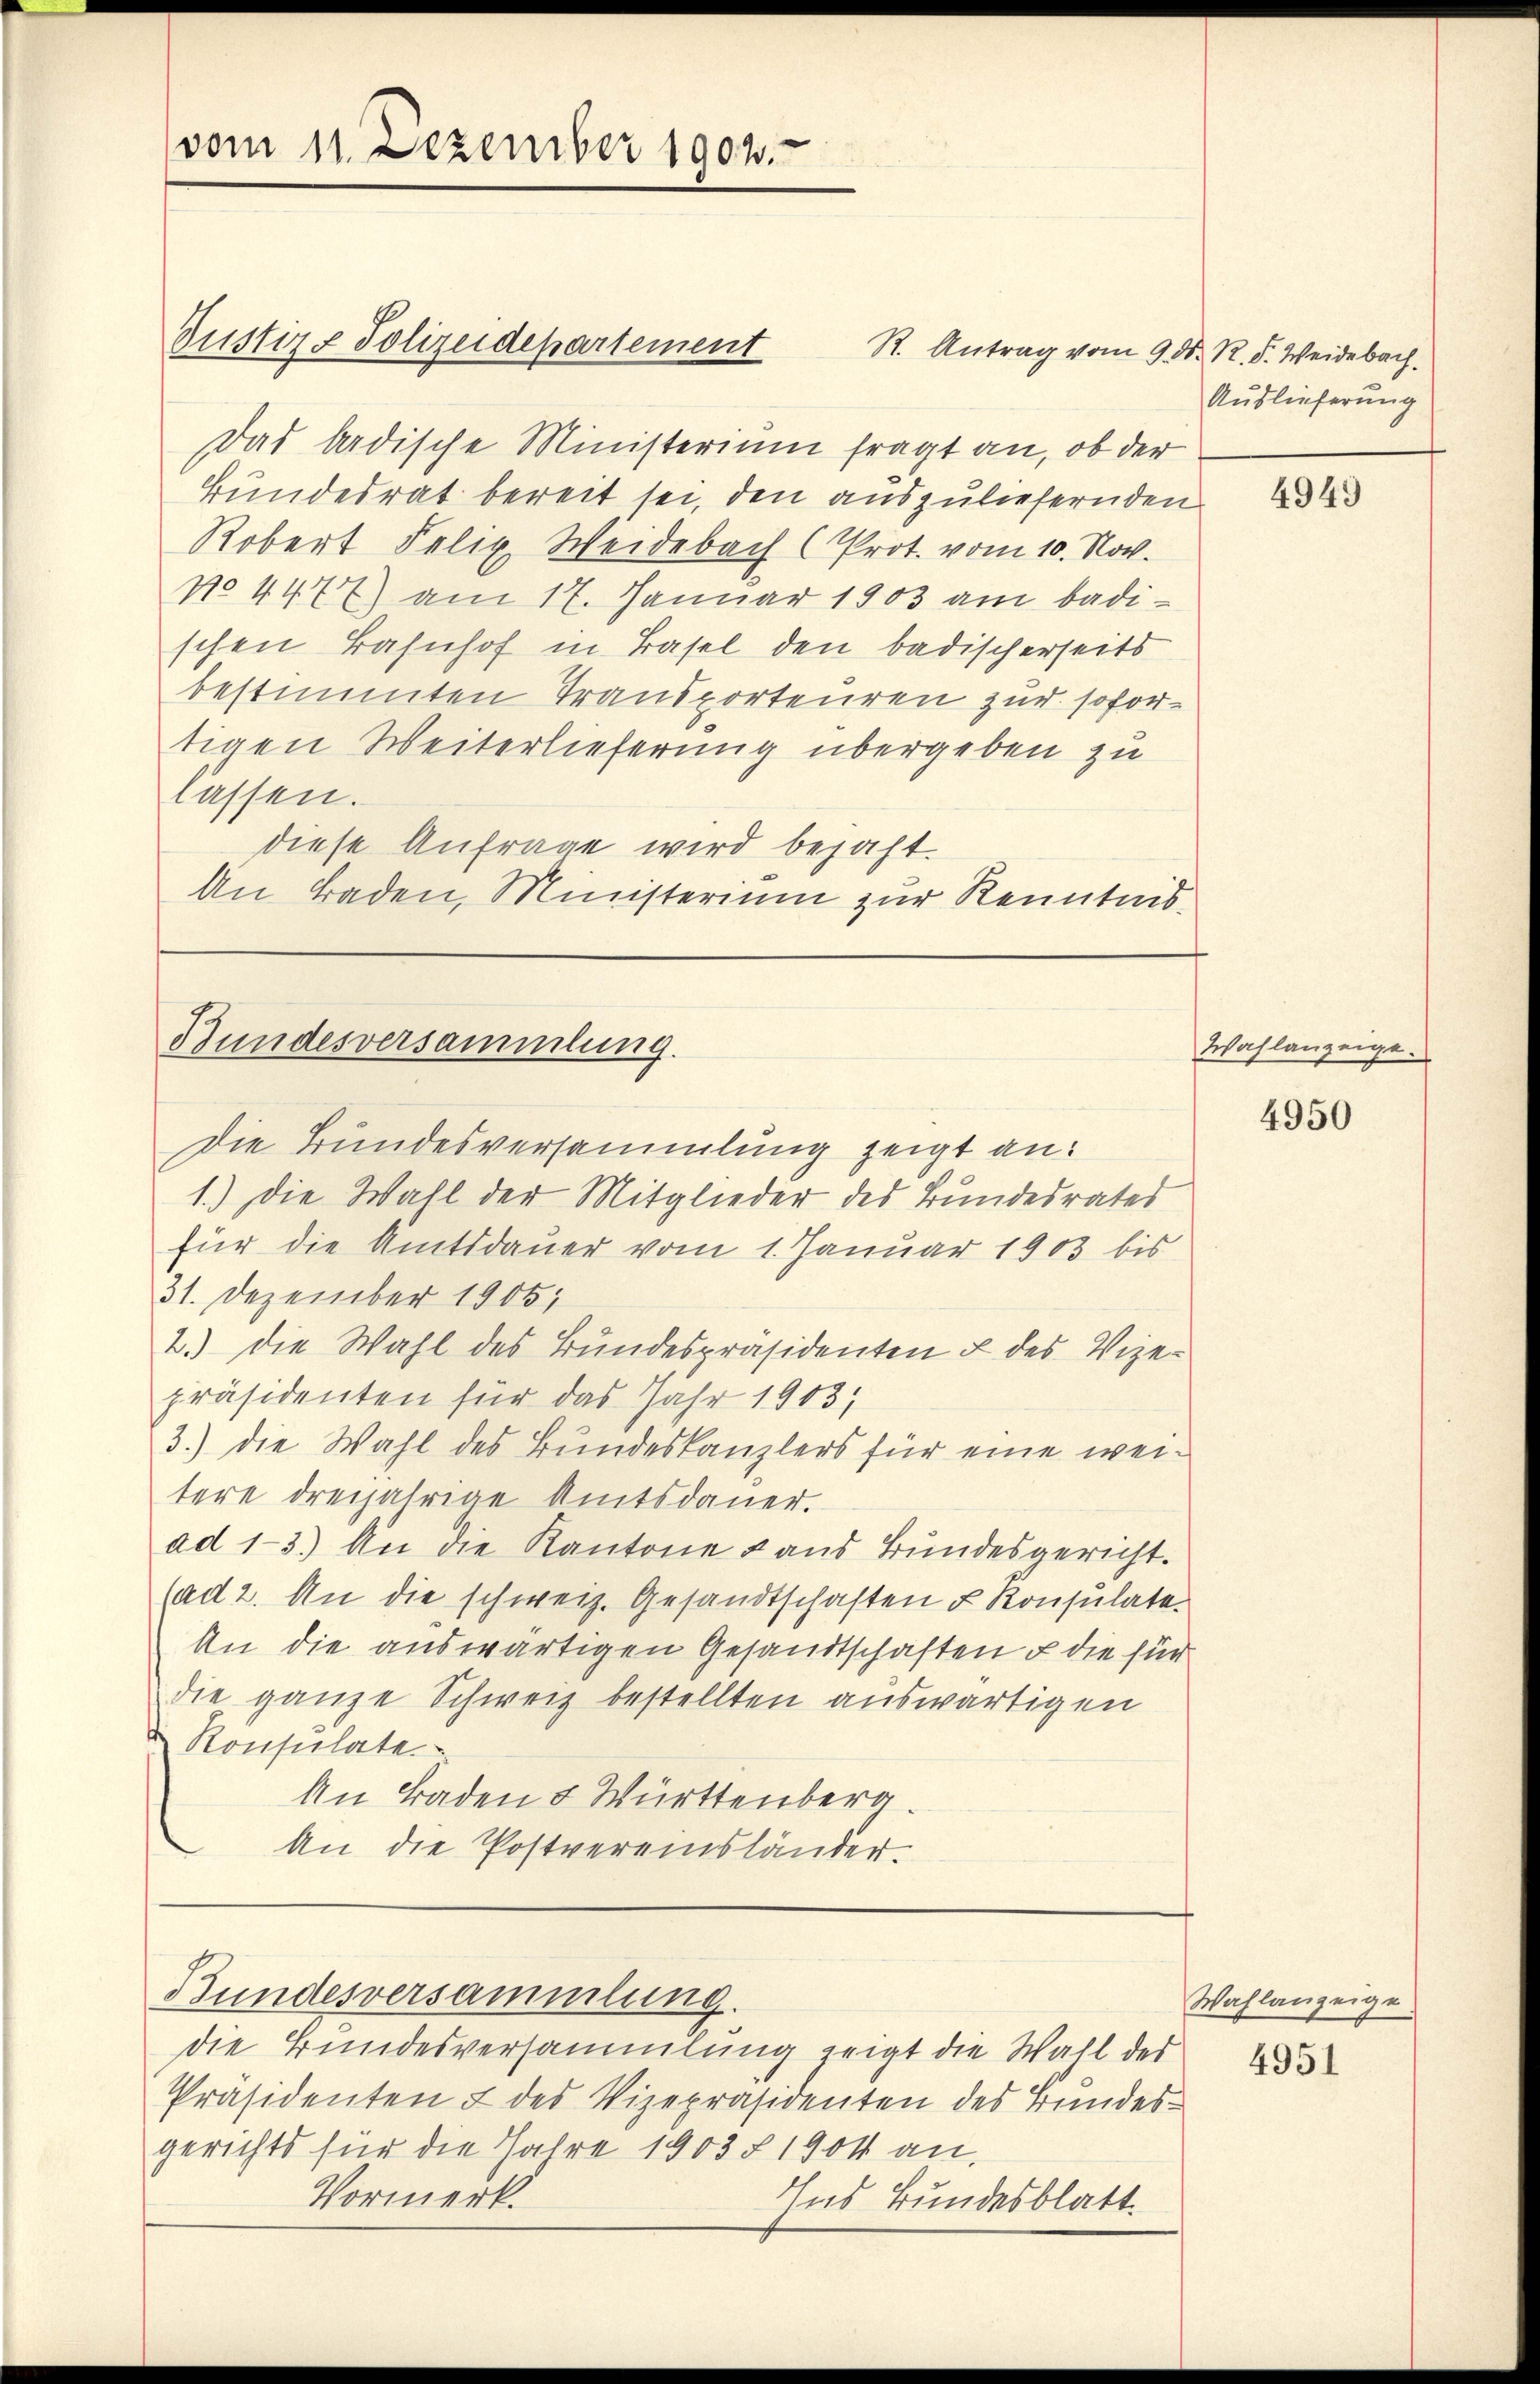
vom 11. Dezember 1901.

Justiz- Polizeidepartement

Das badische Ministerium fragt an, ob der
Bundesrat bereit sei, den auszuliefernden
Robert Felix Weidebach (Prot. vom 10. Nov.
No. 4477) am 17. Januar 1903 am badischen Bahnhof in Basel den badischerseits
bestimmten Transporteuren zur sofortigen Weiterlieferung übergeben zu
lassen.
diese Anfrage wird bejaht.
An Baden, Ministerium zur Kenntnis¬

Bundesversammlung.

Die Bundesversammlung zeigt an:
1.) Die Wall der Mitglieder des Bundesrates
für die Amtsdauer vom 1. Januar 1903 bis
31. Dezember 1905;
2.) Die Wahl des Bundespräsidenten & des Vize-
präsidenten für das Jahr 1903/
3.) Die Wahl des Bundeskanzlers für eine weitere dreijährige Amtsdauer.
ad 1-3.) An die Kantone Land Bundesgericht.
(ad 2. An die schweiz. Gesandtschaften u Konsulate.
An die auswärtigen Gesandtschaften u die für
die ganze Schweiz bestellten auswärtigen
 Konsulate
An Baden & Württenberg
An die Postvereinsländer
Bundesversammlung.
die Bundesversammlung zeigt die Wahl des
Präsidenten & des Vizepräsidenten des Bundesgerichts für die Jahre 1903 § 1904 an,
Vormerk.
Ins Bundesblatt.

R. Antrag vom 9. d. R. S. Weidebach.

Auslieferung

4949

Wahlanzeige.

4950

Wahlanzeige
4951